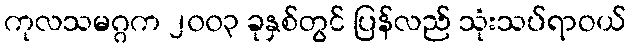
ကုလသမဂ္ဂက ၂၀၀၃ ခုနှစ်တွင် ပြန်လည် သုံးသပ်ရာဝယ်